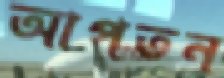
আপতন